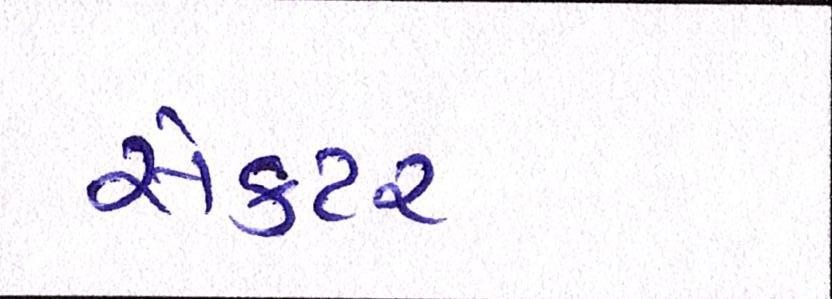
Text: સેકટર